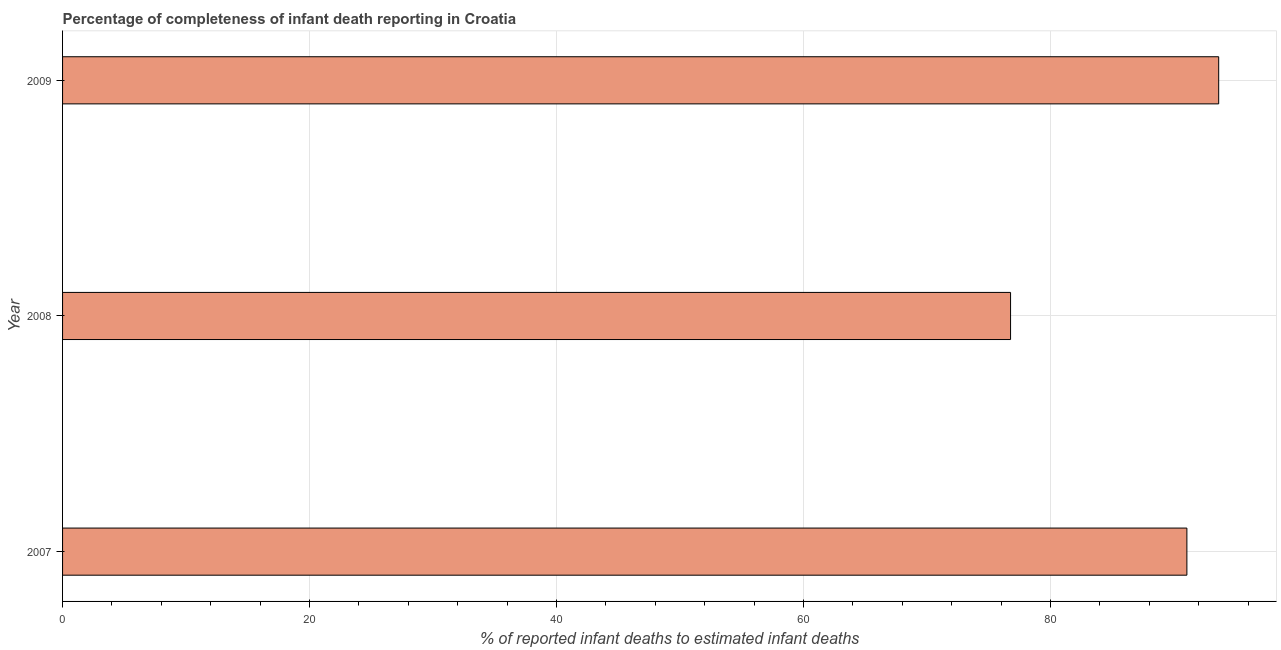
| Year | Completeness of infant death reporting |
 | --- | --- |
 | 2007 | 91.1 |
 | 2008 | 76.8 |
 | 2009 | 93.6 |